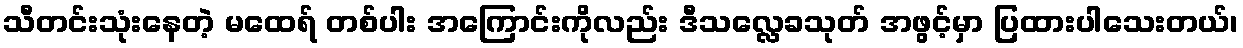
သီတင်းသုံးနေတဲ့ မထေရ် တစ်ပါး အကြောင်းကိုလည်း ဒီသလ္လေခသုတ် အဖွင့်မှာ ပြထားပါသေးတယ်၊